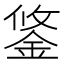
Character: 鋚